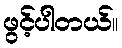
ဖွင့်ပါတယ်။